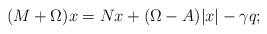
LaTeX: \begin{align*}(M+\Omega)x = Nx + (\Omega - A)\vert x\vert - \gamma q;\end{align*}